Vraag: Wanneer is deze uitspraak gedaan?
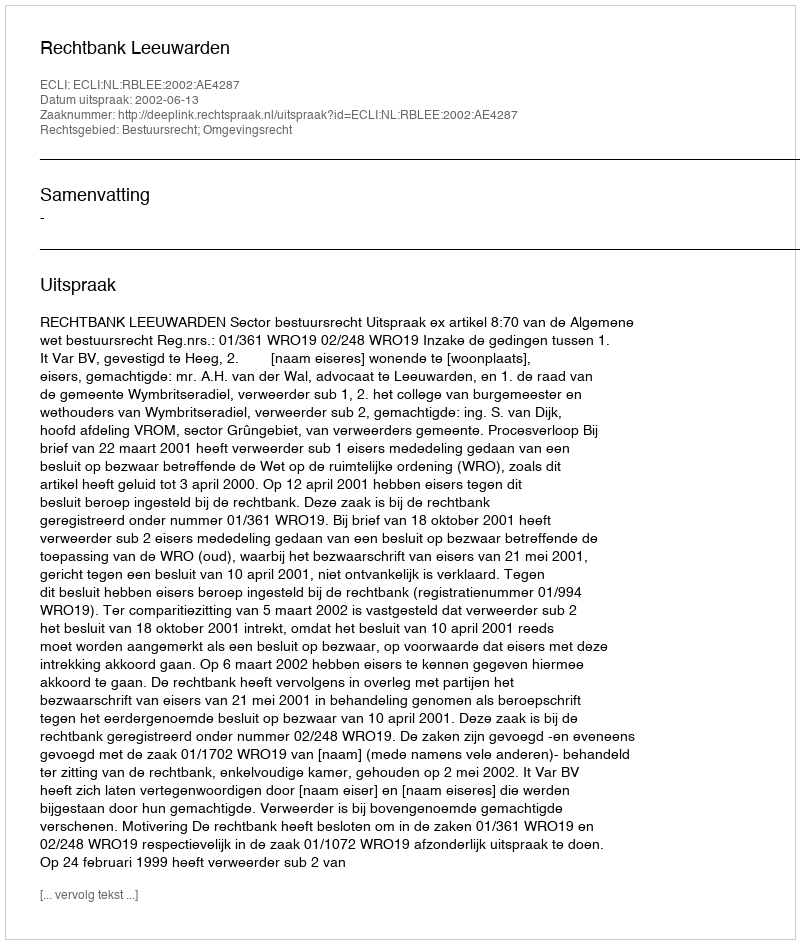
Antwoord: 2002-06-13